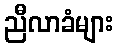
ညီလာခံများ